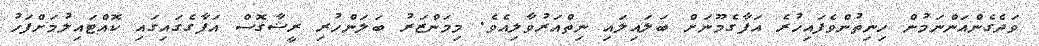
ވަދެގެންއަންނަމުން ހިނިތުންވެފައިހުރެ އަފާގެމޫނަށް ބަލައިލައި ނިތްއަރުވާލިއެވެ. މިމަންޒަރު ބަލަންހުރި ރީޝާގޮސް އަފާގެގައިގައި ކޮއްޓައިލުމަށްފަހު